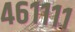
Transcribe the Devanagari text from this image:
४६११११